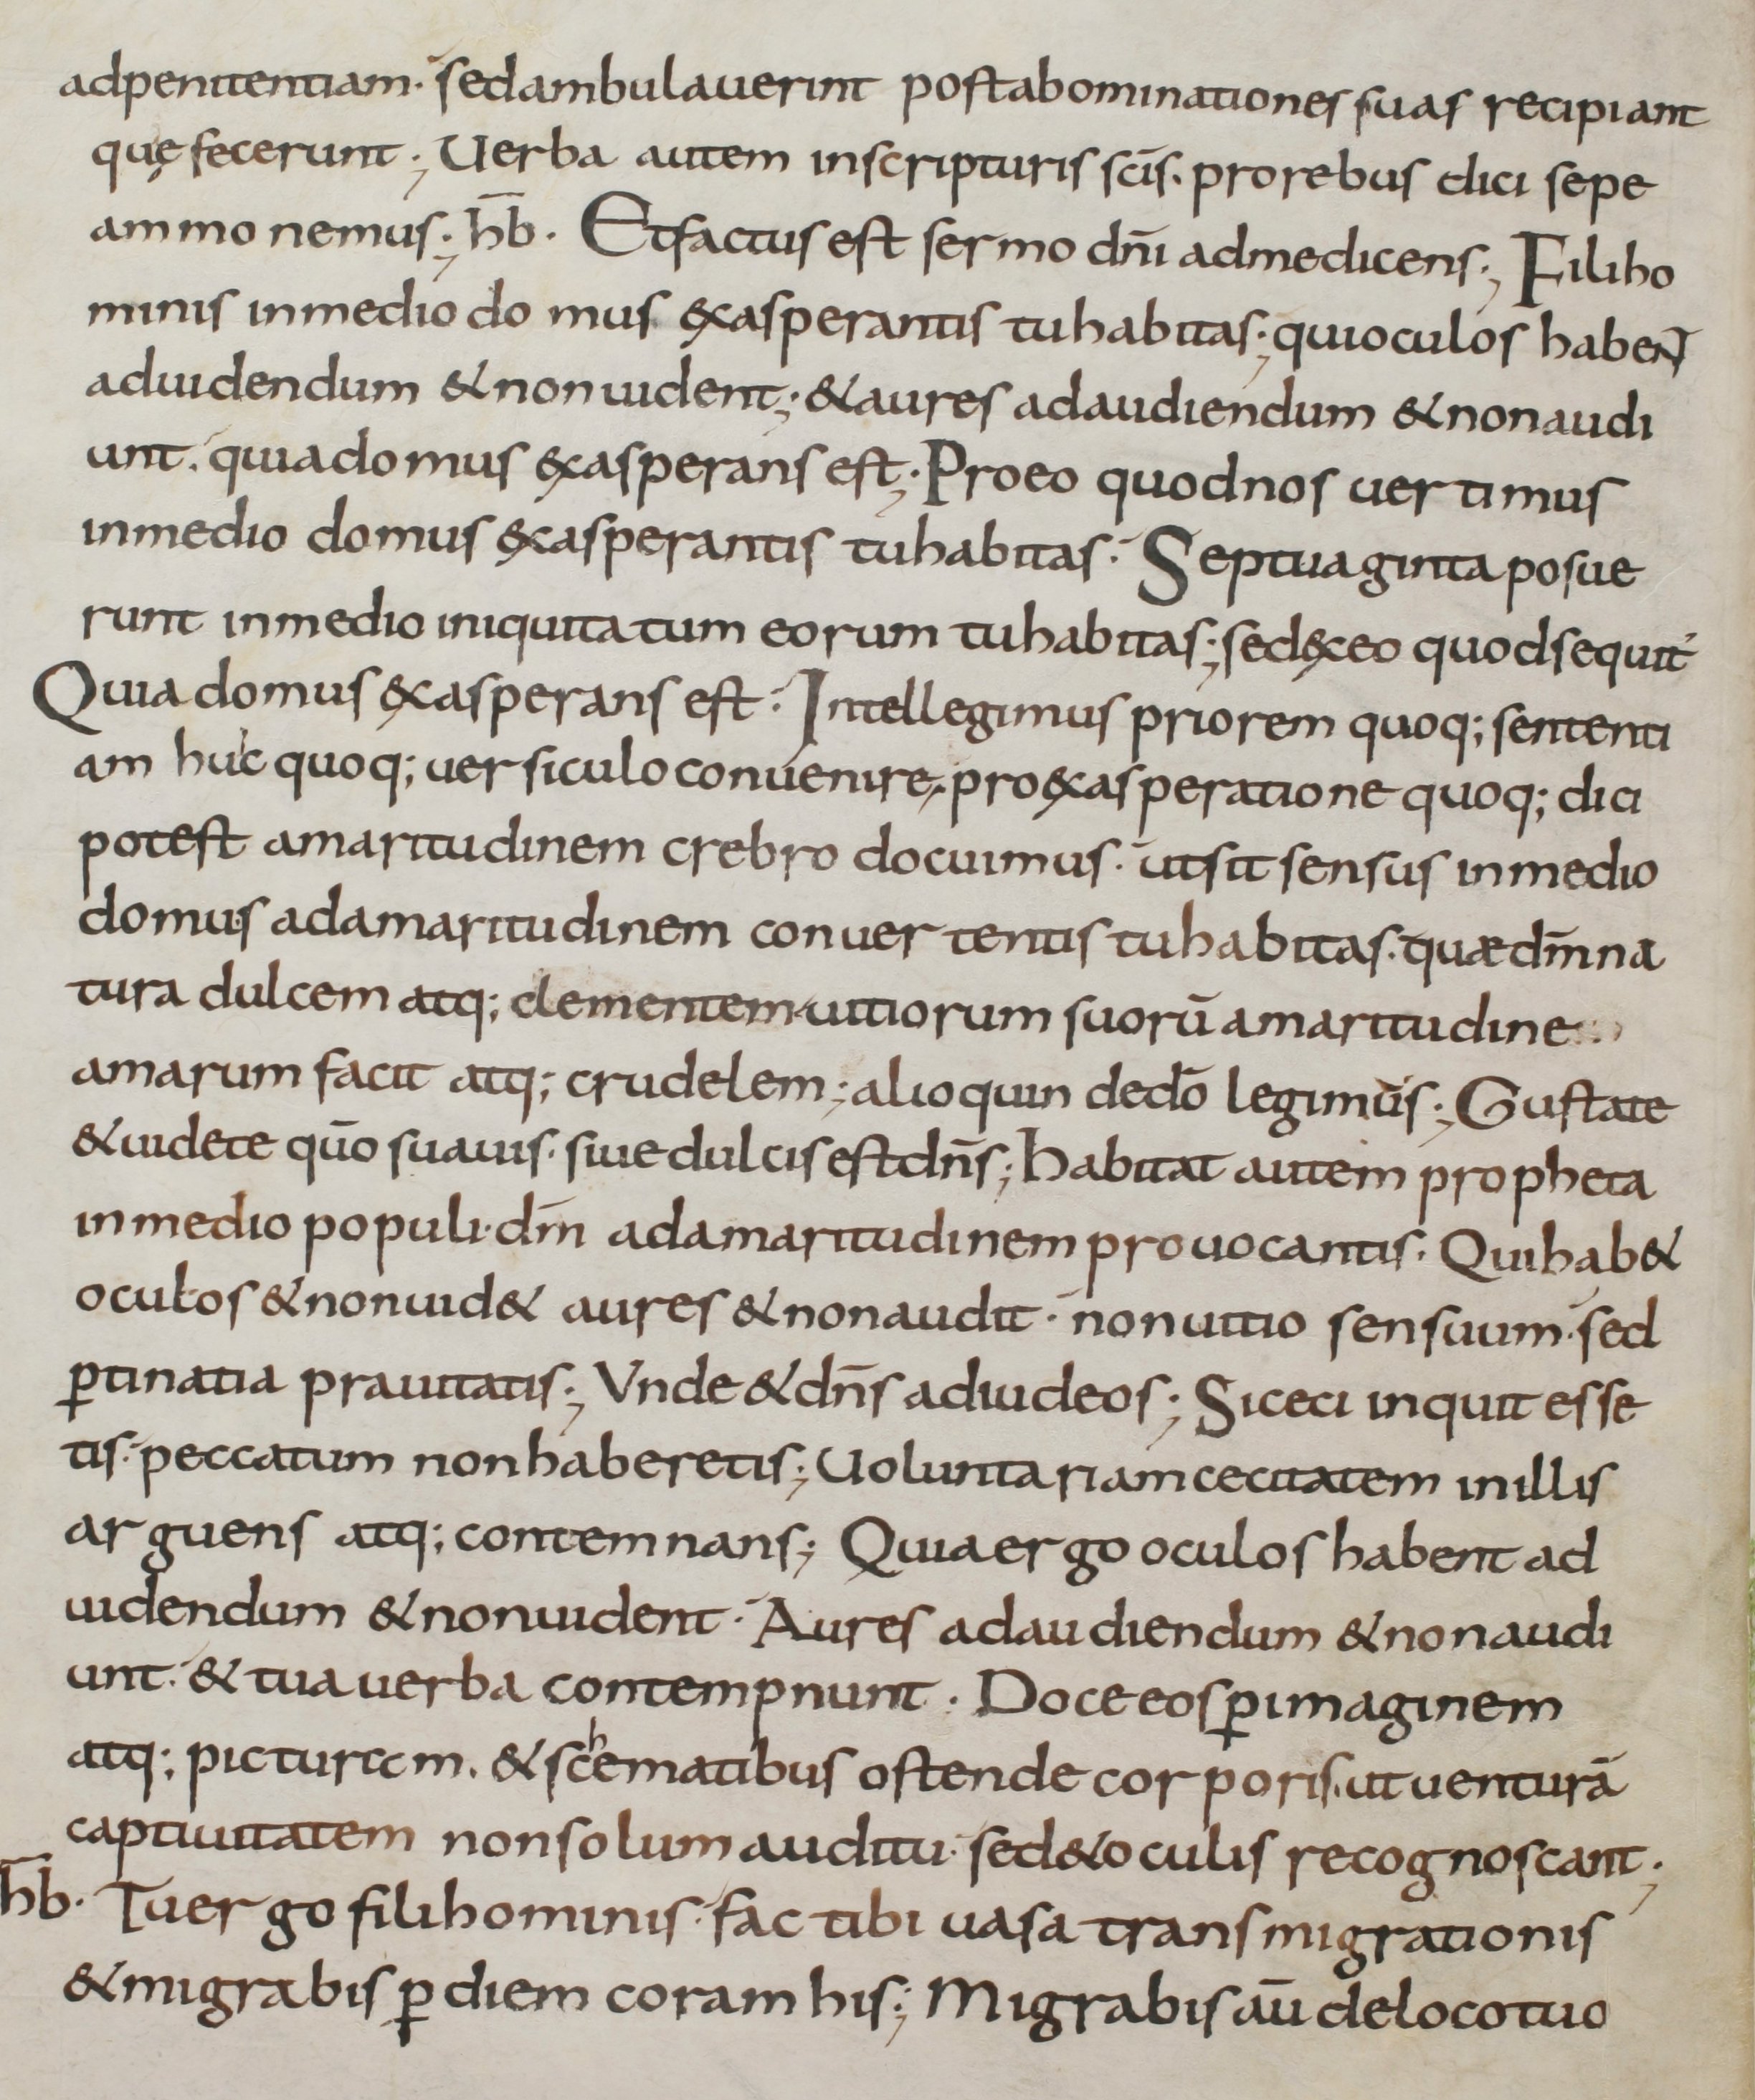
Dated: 800–899